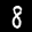
Label: 8